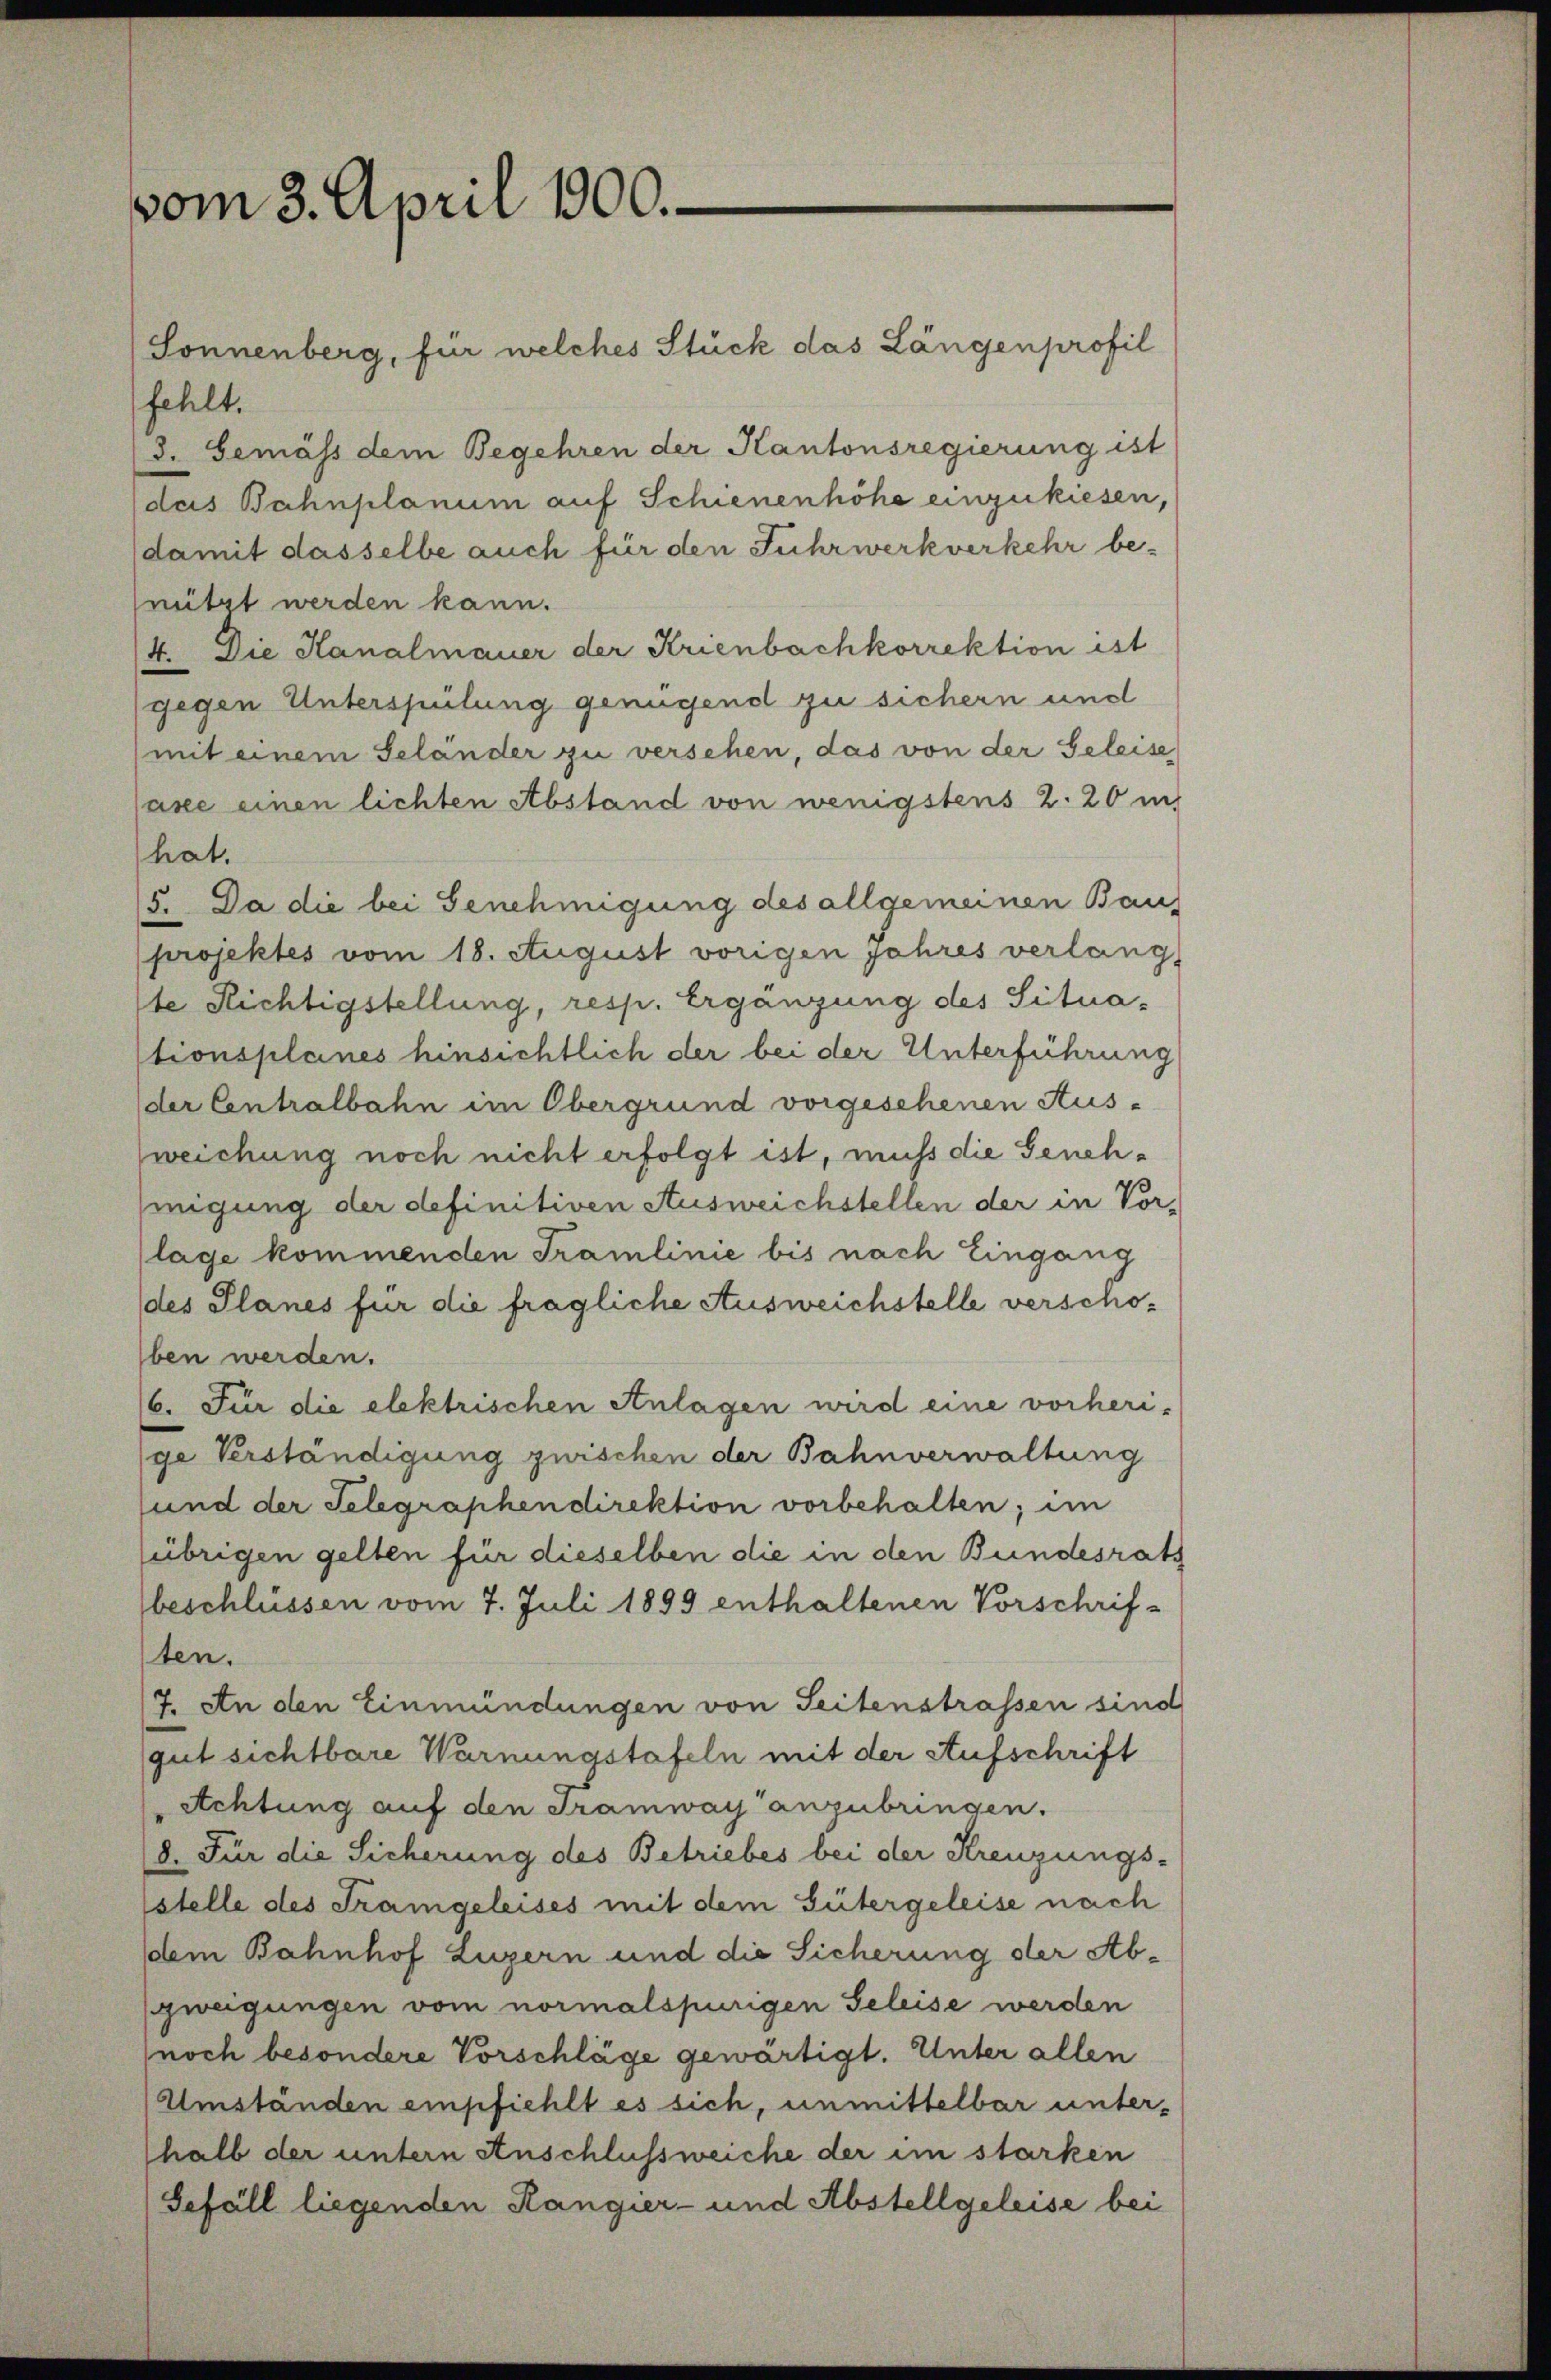
vom 3. April 1800.

Sonnenberg, für welches Stück das Längenprofil
fehlt.
3. Gemäss dem Begehren der Kantonsregierung ist
das Bahnplanum auf Schienenhöhe einzukiesen,
damit dasselbe auch für den Fuhrwerkverkehr be-
nützt werden kann.
4. Die Hanalmauer der Krienbachkorrektion ist
gegen Unterspülung genügend zu sichern und
(mit einem Seländer zu versehen, das von der Geleise
ase einen lichten Abstand von wenigstens 2. 20 i
hat.
15. Da die bei Genehmigung des allgemeinen Bauf
projektes vom 18. August vorigen Jahres verlangt
te Richtigstellung, resp. Ergänzung des Situastionsplanes hinsichtlich der bei der Unterführung
der Centralbahn im Obergrund vorgesehenen Aus-
weichung noch nicht erfolgt ist, muss die Genehhmigung der definitiven Ausweichstellen der in Vor-
lage kommenden Tramlinie bis nach Eingang
des Planes für die fragliche Ausweichstelle verschoben werden.
16. Für die elektrischen Anlagen wird eine vorheri-
ge Verständigung zwischen der Bahnverwaltung
und der Telegraphen direktion vorbehalten; im
übrigen gelten für dieselben die in den Bundesrath
beschlüssen vom 7. Juli 1899 enthaltenen Vorschrif-
ten.
7. An den Einmündungen von Seitenstrassen sind
gut sichtbare Warnungstafeln mit der Aufschrift
Achtung auf den Tramway anzubringen.
8. Für die Sicherung des Betriebes bei der Kreuzungs-
stelle des Frangeleises mit dem Gütergeleise nach
dem Bahnhof Luzern und die Sicherung der Abzweigungen vom normalspurigen Geleise werden
noch besondere Vorschläge gewärtigt. Unter allen
Umständen empfiehlt es sich, unmittelbar unterhalb der untern Anschlussweiche der im starken
Gefäll liegenden Rangier- und Abstellgeleise bei